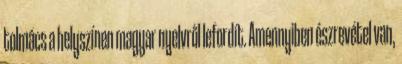
tolmács a helyszínen magyar nyelvről lefordít. Amennyiben észrevétel van,